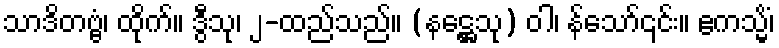
သာဒိတဗ္ဗံ၊ ထိုက်။ ဒွီသု၊ ၂-ထည်သည်။ (နဋ္ဌေသု) ဝါ၊ န်သော်၎င်း။ ဧကသ္မိံ၊